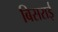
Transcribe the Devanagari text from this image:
बिसराई